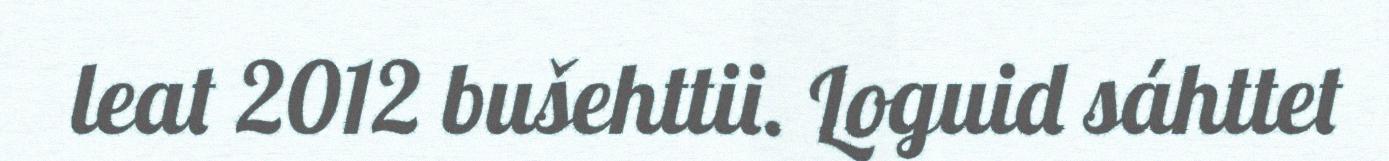
leat 2012 bušehttii. Loguid sáhttet